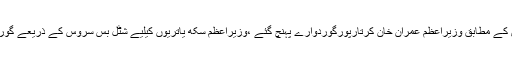
میڈیا رپورٹس کے مطابق وزیراعظم عمران خان کرتارپورگوردوارے پہنچ گئے ،وزیراعظم سکھ یاتریوں کیلیے شٹل بس سروس کے ذریعے گوردوارہ پہنچے۔